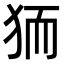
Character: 𭸄